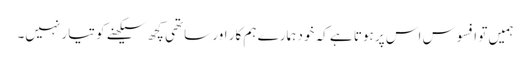
ہمیں تو افسوس اس پر ہوتا ہے کہ خود ہمارے ہم کار اور ساتھی کچھ سیکھنے کو تیار نہیں۔